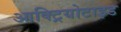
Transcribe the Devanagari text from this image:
आक्ट्रियोटाइड